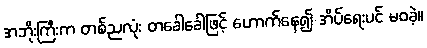
အဘိုးကြီးက တစ်ညလုံး တခေါခေါဖြင့် ဟောက်နေ၍ အိပ်ရေးပင် မဝခဲ့။